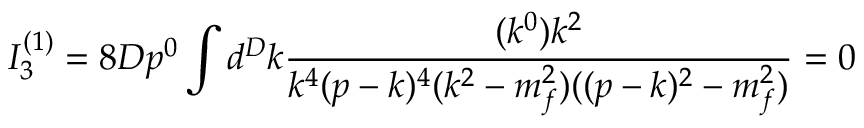
I _ { 3 } ^ { ( 1 ) } = 8 D p ^ { 0 } \int d ^ { D } k \frac { ( k ^ { 0 } ) k ^ { 2 } } { k ^ { 4 } ( p - k ) ^ { 4 } ( k ^ { 2 } - m _ { f } ^ { 2 } ) ( ( p - k ) ^ { 2 } - m _ { f } ^ { 2 } ) } = 0